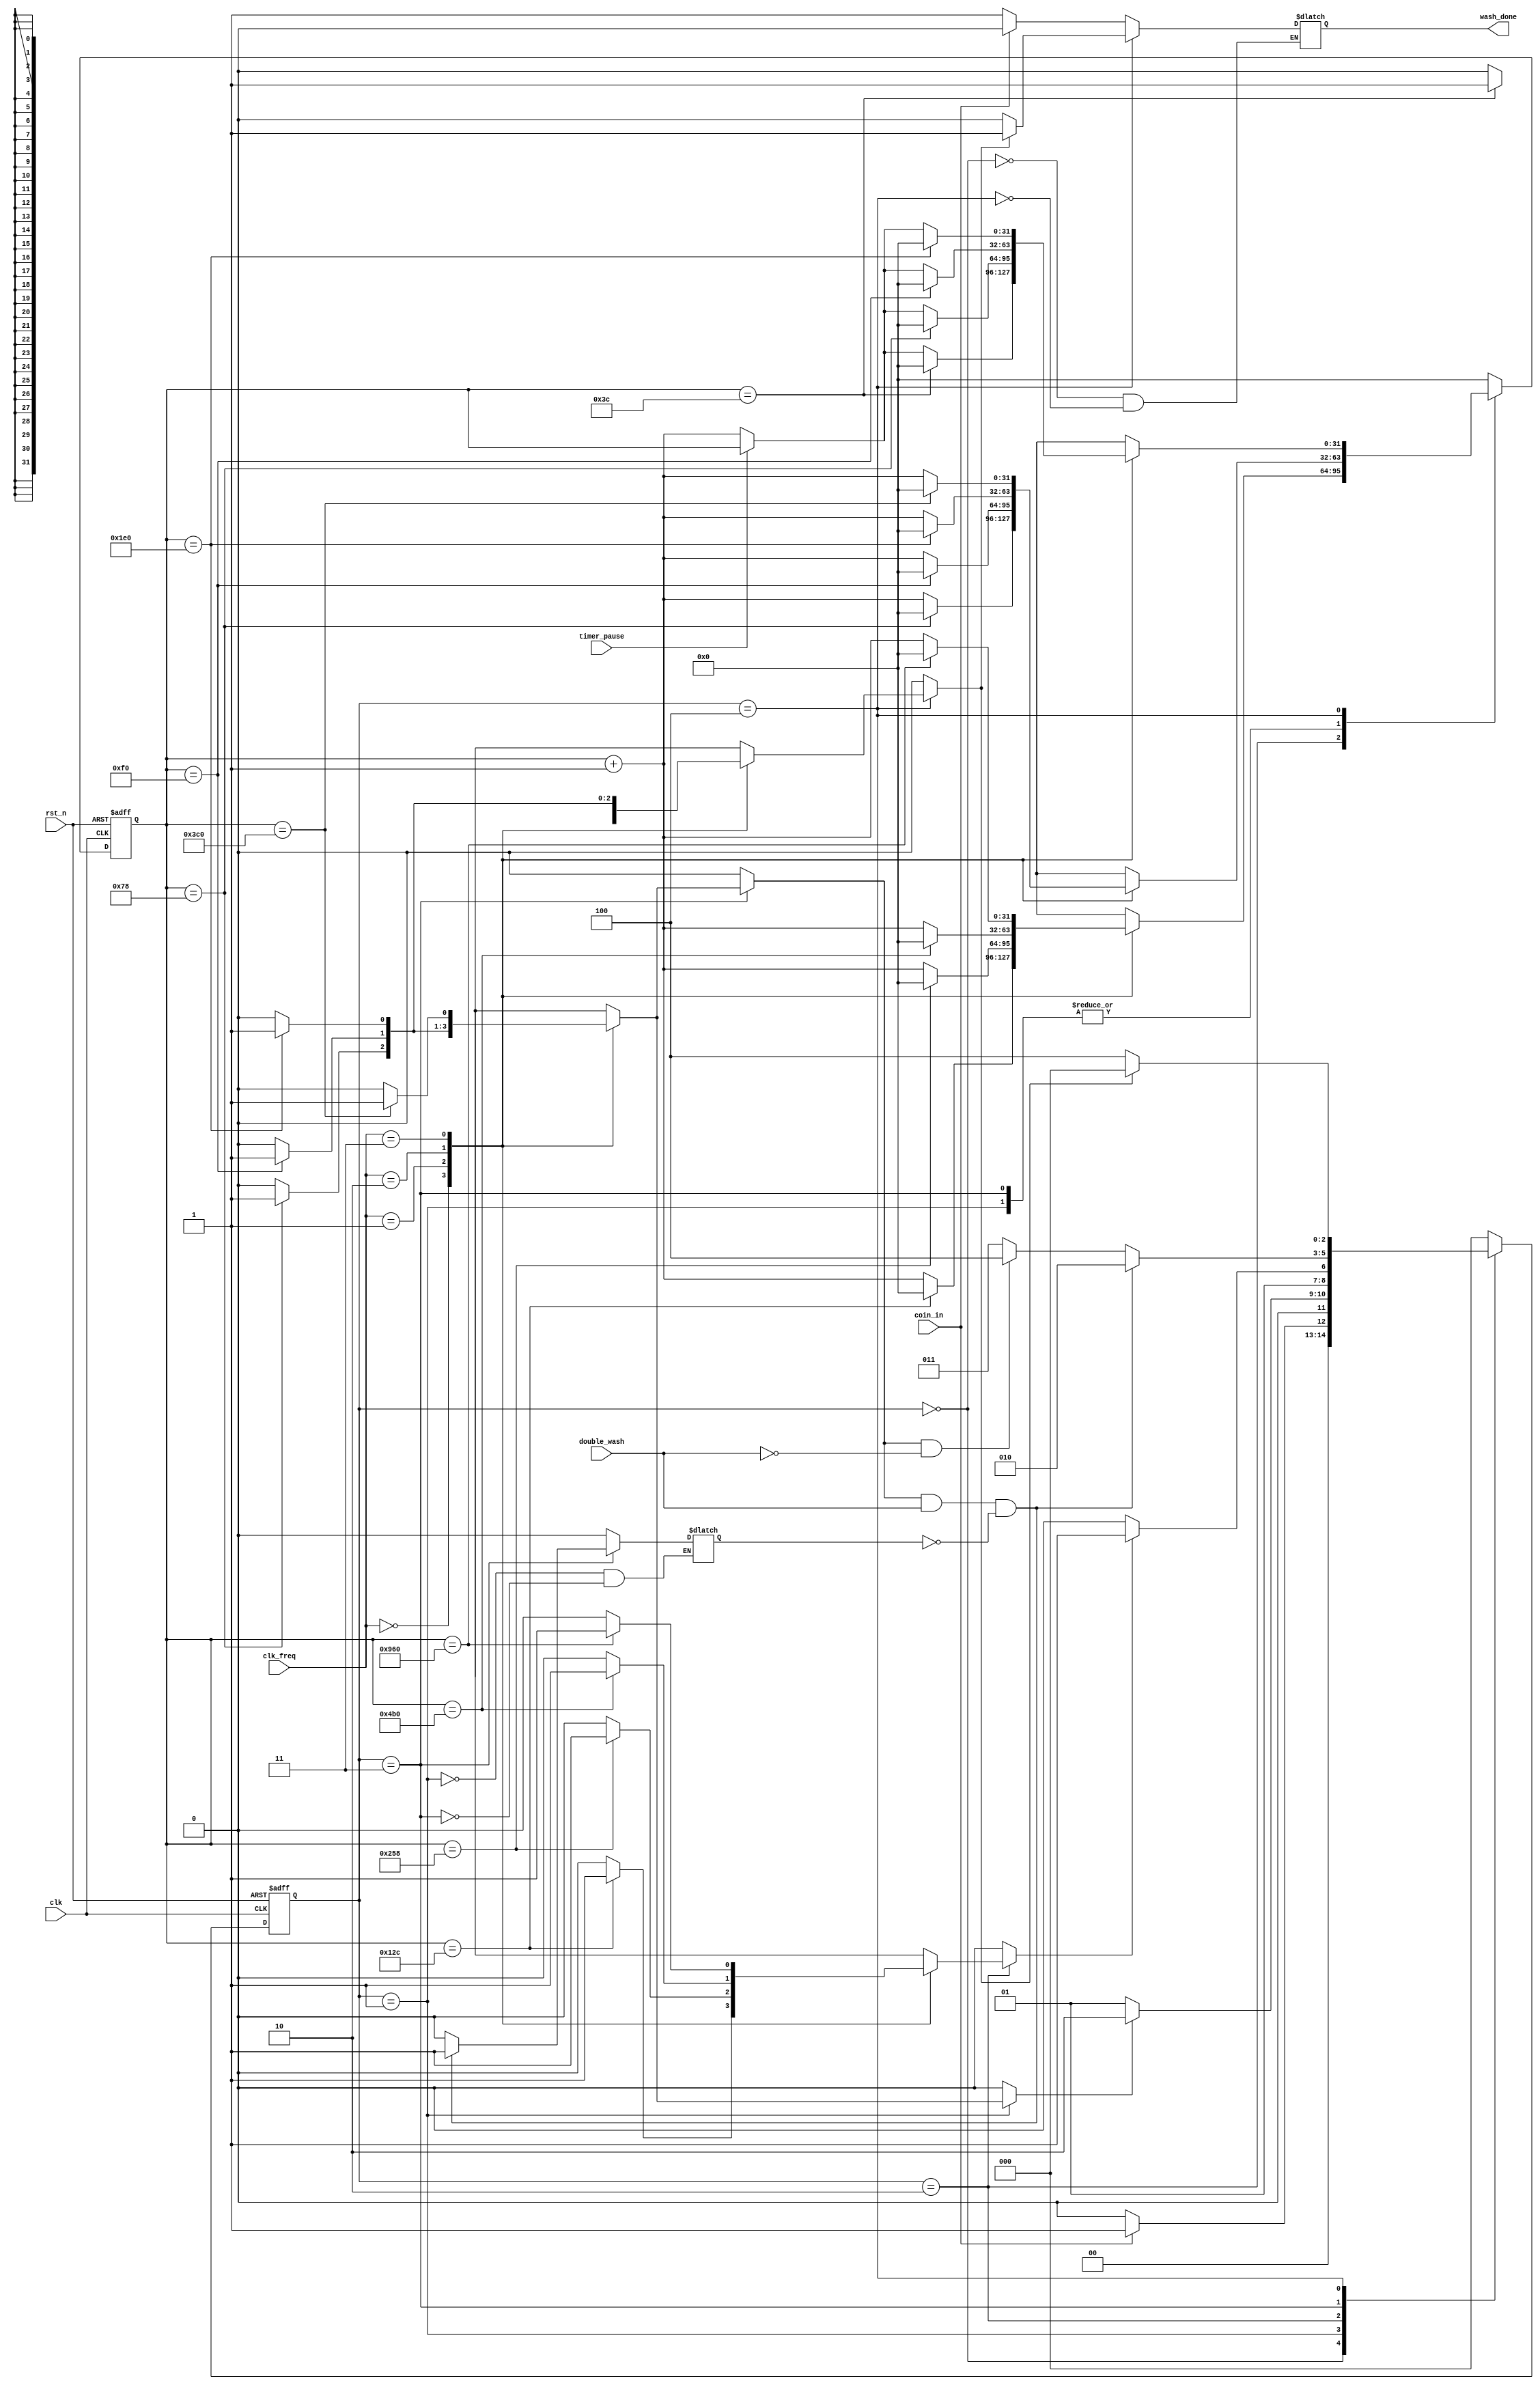

/*
// Module: Washing_Machine.v
// Description: A Controller Unit for a washing machine using verilog code //
// Owner : Mohamed Ayman Elsayed 
*/

module Washing_Machine 

#( parameter clk_width = 2 , state_width = 3 , counter_width = 32 )

(

    input   wire                        rst_n,
    input   wire                        clk,
    input   wire    [clk_width-1:0]     clk_freq,
    input   wire                        coin_in,
    input   wire                        double_wash,
    input   wire                        timer_pause,
    output  reg                         wash_done

);     

reg     [state_width-1:0]       current_state;
reg     [state_width-1:0]       next_state; 
reg     [counter_width-1:0]     counter;
reg     [counter_width-1:0]     counter_value;
reg                             Filling_Water_time_finish;
reg                             Washing_time_finish;
reg                             Rinsing_time_finish;
reg                             Spinning_time_finish;
reg                             Second_Washing;


// State Encoding 

localparam     Idle = 3'b000,
               Filling_Water = 3'b001,
               Washing = 3'b010,
               Rinsing = 3'b011,
               Spinning = 3'b100;

// Time Duration in 1MHz 

localparam     Filling_Water_time_1MHZ = 32'd120,
               Washing_time_1MHZ = 32'd300,
               Rinsing_time_1MHZ = 32'd120,
               Spinning_time_1MHZ = 32'd60;


// Time Duration in 2MHz 

localparam     Filling_Water_time_2MHZ = 32'd240,
               Washing_time_2MHZ = 32'd600,
               Rinsing_time_2MHZ = 32'd240,
               Spinning_time_2MHZ = 32'd120;


// Time Duration in 4MHz 

localparam     Filling_Water_time_4MHZ = 32'd480,
               Washing_time_4MHZ = 32'd1200,
               Rinsing_time_4MHZ = 32'd480,
               Spinning_time_4MHZ = 32'd240;

// Time Duration in 8MHz 

localparam     Filling_Water_time_8MHZ = 32'd960,
               Washing_time_8MHZ = 32'd2400,
               Rinsing_time_8MHZ = 32'd960,
               Spinning_time_8MHZ = 32'd480;

// counter

always @ ( posedge clk or negedge rst_n )

    begin
        if ( !rst_n ) 
            begin
                counter <= 32'd0;
            end
        else
            begin
                counter <= counter_value ;
            end            
    end 

always @ ( posedge clk or negedge rst_n )

    begin 
        if ( !rst_n ) 
            begin
                current_state <= Idle;
            end
        else
            begin
                current_state <= next_state;
            end
    end 

always @ (*)

    begin
        case ( current_state )

        Idle:  
                begin
                    if ( coin_in )
                        begin
                            next_state = Filling_Water;
                            wash_done = 1'b0; 
                        end
                    else 
                        begin
                            next_state = Idle;
                            wash_done = 1'b1;
                        end
                end   

        Filling_Water:
                
                begin
                    
                    Second_Washing <= 1'b0;

                    if ( Filling_Water_time_finish )
                        begin
                            next_state = Washing ;
                        end
                    else
                        begin
                            next_state = Filling_Water;
                        end

                end

        Washing:

                begin

                    if ( Washing_time_finish )
                        begin
                            next_state = Rinsing ;
                        end
                    else
                        begin
                            next_state = Washing;
                        end
                        
                end

        Rinsing:

                begin

                    if ( Rinsing_time_finish && double_wash && !Second_Washing )
                        begin
                            next_state = Washing ;
                            Second_Washing = 1'b1;
                        end
                    else if ( Rinsing_time_finish && !double_wash )
                        begin
                            next_state = Spinning ;
                            Second_Washing = 1'b0;
                        end
                    else
                        begin
                            next_state = Rinsing;
                            Second_Washing = 1'b0;
                        end
                        
                end

        Spinning:

                begin

                    if ( Spinning_time_finish )
                        begin
                            next_state = Idle ;
                            wash_done = 1'b1;
                        end
                    else
                        begin
                            next_state = Spinning;
                            wash_done = 1'b0;
                        end
                        
                end               

        default:
                begin
                   next_state = Idle ;    
                end

        endcase
    end

always @(*)

    begin
        Filling_Water_time_finish = 1'b0;
        Washing_time_finish = 1'b0;
        Rinsing_time_finish = 1'b0;
        Spinning_time_finish = 1'b0;

        case ( current_state )

        Filling_Water: 

            begin
                case (clk_freq)
                
                2'b00 : 
                        begin
                            if ( counter == Filling_Water_time_1MHZ )
                                begin
                                    counter_value = 32'd0;
                                    Filling_Water_time_finish = 1'b1;
                                end
                            else 
                                begin
                                    counter_value = counter + 32'd1;
                                end
                        end
                2'b01 : 
                        begin
                            if ( counter == Filling_Water_time_2MHZ )
                                begin
                                    counter_value = 32'd0;
                                    Filling_Water_time_finish = 1'b1;
                                end
                            else 
                                begin
                                    counter_value = counter + 32'd1;
                                end
                        end
                2'b10 : 
                        begin
                            if ( counter == Filling_Water_time_4MHZ )
                                begin
                                    counter_value = 32'd0;
                                    Filling_Water_time_finish = 1'b1;
                                end
                            else 
                                begin
                                    counter_value = counter + 32'd1;
                                end
                        end
                2'b11 : 
                        begin
                            if ( counter == Filling_Water_time_8MHZ )
                                begin
                                    counter_value = 32'd0;
                                    Filling_Water_time_finish = 1'b1;
                                end
                            else 
                                begin
                                    counter_value = counter + 32'd1;
                                end
                        end
                endcase
            end

        Washing: 

            begin
                case (clk_freq)
                
                2'b00 : 
                        begin
                            if ( counter == Washing_time_1MHZ )
                                begin
                                    counter_value = 32'd0;
                                    Washing_time_finish = 1'b1;
                                end
                            else 
                                begin
                                    counter_value = counter + 32'd1;
                                end
                        end
                2'b01 : 
                        begin
                            if ( counter == Washing_time_2MHZ )
                                begin
                                    counter_value = 32'd0;
                                    Washing_time_finish = 1'b1;
                                end
                            else 
                                begin
                                    counter_value = counter + 32'd1;
                                end
                        end
                2'b10 : 
                        begin
                            if ( counter == Washing_time_4MHZ )
                                begin
                                    counter_value = 32'd0;
                                    Washing_time_finish = 1'b1;
                                end
                            else 
                                begin
                                    counter_value = counter + 32'd1;
                                end
                        end
                2'b11 : 
                        begin
                            if ( counter == Washing_time_8MHZ )
                                begin
                                    counter_value = 32'd0;
                                    Washing_time_finish = 1'b1;
                                end
                            else 
                                begin
                                    counter_value = counter + 32'd1;
                                end
                        end
                endcase
            end

        Rinsing: 

            begin
                case (clk_freq)
                
                2'b00 : 
                        begin
                            if ( counter == Rinsing_time_1MHZ )
                                begin
                                    counter_value = 32'd0;
                                    Rinsing_time_finish = 1'b1;
                                end
                            else 
                                begin
                                    counter_value = counter + 32'd1;
                                end
                        end
                2'b01 : 
                        begin
                            if ( counter == Rinsing_time_2MHZ )
                                begin
                                    counter_value = 32'd0;
                                    Rinsing_time_finish = 1'b1;
                                end
                            else 
                                begin
                                    counter_value = counter + 32'd1;
                                end
                        end
                2'b10 : 
                        begin
                            if ( counter == Rinsing_time_4MHZ )
                                begin
                                    counter_value = 32'd0;
                                    Rinsing_time_finish = 1'b1;
                                end
                            else 
                                begin
                                    counter_value = counter + 32'd1;
                                end
                        end
                2'b11 : 
                        begin
                            if ( counter == Rinsing_time_8MHZ )
                                begin
                                    counter_value = 32'd0;
                                    Rinsing_time_finish = 1'b1;
                                end
                            else 
                                begin
                                    counter_value = counter + 32'd1;
                                end
                        end
                endcase
            end

        Spinning: 

            begin
                case (clk_freq)
                
                2'b00 : 
                        begin
                            if ( counter == Spinning_time_1MHZ )
                                begin
                                    counter_value = 32'd0;
                                    Spinning_time_finish = 1'b1;
                                end
                            else if ( timer_pause ) 
                                begin
                                    counter_value = counter;
                                end
                            else 
                                begin
                                    counter_value = counter + 32'd1;
                                end
                        end
                2'b01 : 
                        begin
                            if ( counter == Spinning_time_2MHZ )
                                begin
                                    counter_value = 32'd0;
                                    Spinning_time_finish = 1'b1;
                                end
                            else if ( timer_pause ) 
                                begin
                                    counter_value = counter;
                                end
                            else 
                                begin
                                    counter_value = counter + 32'd1;
                                end
                        end
                2'b10 : 
                        begin
                            if ( counter == Spinning_time_4MHZ )
                                begin
                                    counter_value = 32'd0;
                                    Spinning_time_finish = 1'b1;
                                end
                            else if ( timer_pause ) 
                                begin
                                    counter_value = counter;
                                end
                            else
                                begin
                                    counter_value = counter + 32'd1;
                                end
                        end
                2'b11 : 
                        begin
                            if ( counter == Spinning_time_8MHZ )
                                begin
                                    counter_value = 32'd0;
                                    Spinning_time_finish = 1'b1;
                                end
                            else if ( timer_pause ) 
                                begin
                                    counter_value = counter;
                                end
                            else 
                                begin
                                    counter_value = counter + 32'd1;
                                end
                        end
                endcase
            end

        default:

            begin
                counter_value = 32'd0;
            end

        endcase
        
    end


endmodule